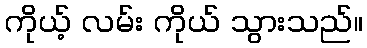
ကိုယ့် လမ်း ကိုယ် သွားသည်။